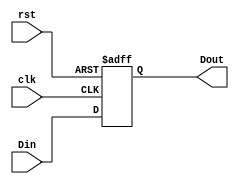
`timescale 1ns / 1ps
//////////////////////////////////////////////////////////////////////////////////
// Company: 
// Engineer: 
// 
// Design Name: 
// Module Name:    register 
// Project Name: 
// Target Devices: 
// Tool versions: 
// Description: 
//
// Dependencies: 
//
// Revision: 
// Revision 0.01 - File Created
// Additional Comments: 
//
//////////////////////////////////////////////////////////////////////////////////
module register( Din, clk, rst, Dout);
input [19:0] Din;
input clk, rst;
output [19:0] Dout;
wire [19:0] Din;
wire clk, rst;
reg [19:0] Dout;

always @(posedge clk , posedge rst)
begin 
		if(rst)

		     Dout <= 20'b0;
		
		else
		
				Dout <= Din;
end			
endmodule